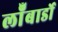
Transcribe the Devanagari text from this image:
लॉँबार्डो